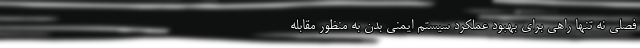
فصلی نه تنها راهی برای بهبود عملکرد سیستم ایمنی بدن به منظور مقابله